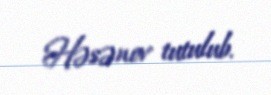
Həsənov tutulub.